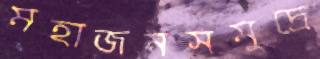
মহাজনসমুদ্রে